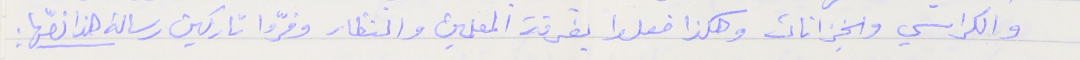
والكراسي والخِزانات وهكذا فعلوا بغرفة المعلمين والنظار وفرّوا تاركين رسالة هذا نصّها :